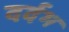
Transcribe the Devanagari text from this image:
दर्दभ